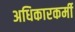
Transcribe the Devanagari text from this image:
अधिकारकर्मी